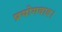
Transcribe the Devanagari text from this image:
प्रयोगवाद।